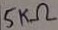
Text: 5KΩ